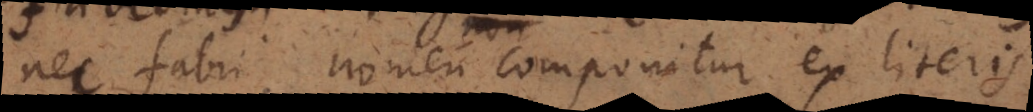
nec fabri nomen componitur ex literis